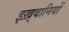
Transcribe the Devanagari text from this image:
इख़्वानियों